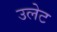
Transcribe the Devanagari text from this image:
उलेट